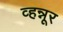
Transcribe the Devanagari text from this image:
व्हन्नूर